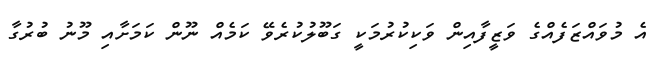
އެ މުވައްޒަފެއްގެ ވަޒީފާއިން ވަކިކުރުމަކީ ގަބޫލުކުރެވޭ ކަމެއް ނޫން ކަމަށާއި މޫނު ބުރުގާ